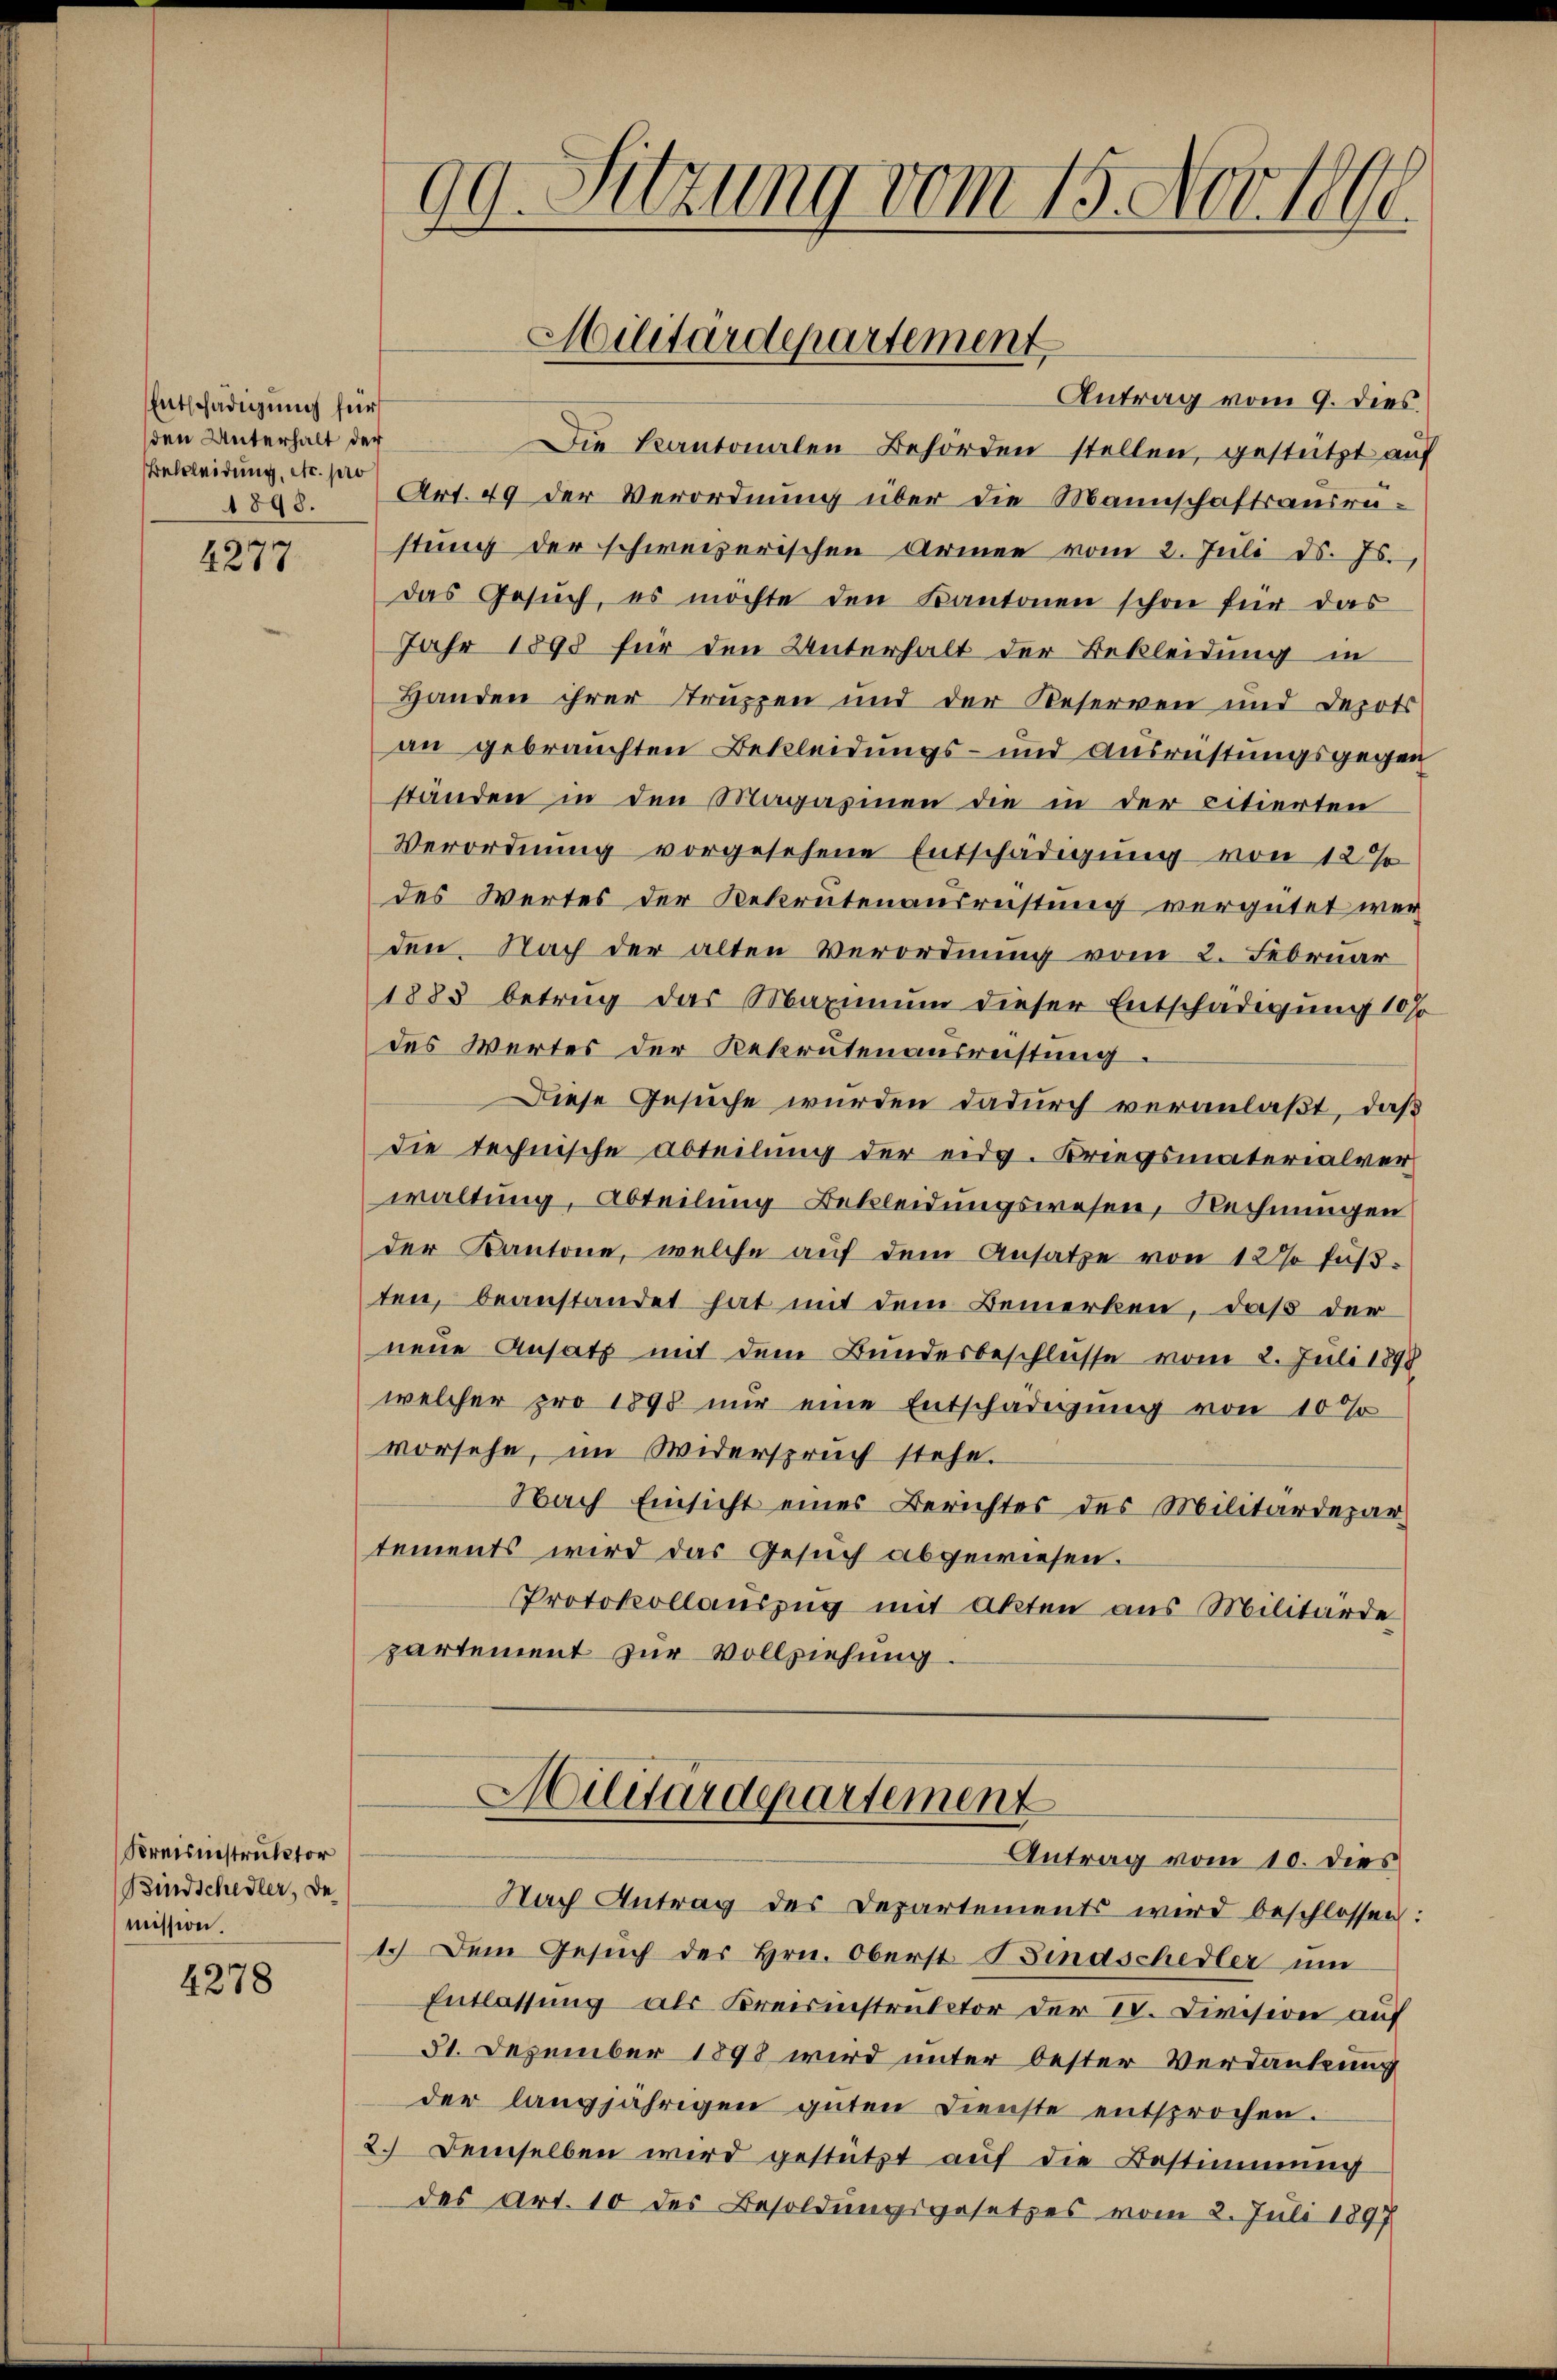
Entschädigung für
den Unterhalt der
Bettleidung, etc. pro
1898.

u
4211

Kreisinstruktor
Bindschedler, de
mission.

4278

Antrag vom 9. dies
Die kantonalen Behörden stellen, gestützt auf
Art. 49 der Verordnung über die Mannschaftsausrüstung der schweizerischen Armee vom 2. Juli d. Js.
das Gesuch, es möchte den Kantonen schon für das
Jahr 1898 für den Unterhalt der Bekleidung in
Handen ihrer Truppen und der Reserven und Depots
an gebrauchten Bekleidungs- und Ausrüstungsgegen
ständen in den Magazinen die in der citierten
Verordnung vorgesehene Entschädigung von 12 %
des Wertes der Rekrutenausreistung vergütet wer
den Nach der alten Verordnung vom 2. Februar
1883 betrug das Maximum dieser Entschädigung 10%
des Wertes der Rekrutenausreistung.
Diese Gesuche wurden dadurch veranlaßt, daß
die technische Abteilung der eidg. Kriegsmaterialver-
waltung, Abteilung Bekleidungswesen, Rechnungen
der Kantone, welche auf dem Ansatze von 12 % Fußten, beanstandet hat mit dem Bemerken, daß der
neue Ansatz mit dem Bundesbeschlüsse vom 2. Juli 1898
welcher pro 1898 nur eine Entschädigung von 10%
vorsehe, im Widerspruch stehe.
Nach Einsicht eines Berichtes des Militärdepartements wird das Gesuch abgewiesen.
Protokollauszug mit Akten aus Militärde
partement zur Vollziehung.
Militärdepartement
Antrag vom 10. dies
Nach Antrag des Departements wird beschlossen:
1.) Dem Gesuch des Hrn. Oberst Bindschedler um
Entlassung als Kreisinstruktor der I. Civision auf
31. Dezember 1898 wird unter Oester Verdankung
der langjährigen gŭten Dienste entsprochen.
2.) Demselben wird gestützt auf die Bestimmung
des Art. 10 des Besoldungsgesetzes vom 2. Juli 1897

90. Sitzung vom 15. Nov. 1806

Militärdepartement